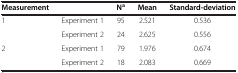
<table><thead><tr><td><b>Measurement</b></td><td><b> </b></td><td><b>N<sup>a</sup></b></td><td><b>Mean</b></td><td><b>Standard-deviation</b></td></tr></thead><tbody><tr><td>1</td><td>Experiment 1</td><td>95</td><td>2.521</td><td>0.536</td></tr><tr><td> </td><td>Experiment 2</td><td>24</td><td>2.625</td><td>0.556</td></tr><tr><td>2</td><td>Experiment 1</td><td>79</td><td>1.976</td><td>0.674</td></tr><tr><td> </td><td>Experiment 2</td><td>18</td><td>2.083</td><td>0.669</td></tr></tbody></table>